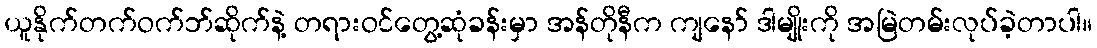
ယူနိုက်တက်ဝက်ဘ်ဆိုက်နဲ့ တရားဝင်တွေ့ဆုံခန်းမှာ အန်တိုနီက ကျနော် ဒါမျိုးကို အမြဲတမ်းလုပ်ခဲ့တာပါ။